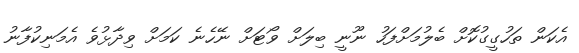
އެކަން ތަހުގީގުކޮށް ބެލުމަށްފަހު ނޫނީ ބިލަށް ވޯޓަށް ނޭހެނެ ކަމަށް ވިދާޅުވެ އެމަނިކުފާނު